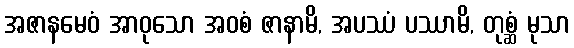
အဇာနမေဝံ အာဝုသော အဝစံ ဇာနာမိ, အပဿံ ပဿာမိ, တုစ္ဆံ မုသာ